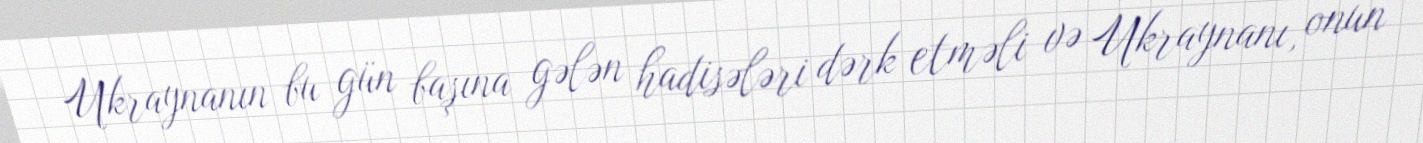
Ukraynanın bu gün başına gələn hadisələri dərk etməli və Ukraynanı, onun